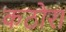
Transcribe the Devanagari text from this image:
कठोरा